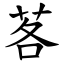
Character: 茖